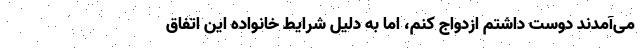
می‌آمدند دوست داشتم ازدواج کنم، اما به دلیل شرایط خانواده این اتفاق